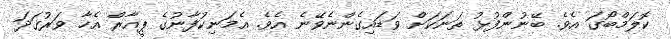
ކޮލަމްބޯގަ އެވެ. ބޭނުންފުޅު ތަނަކަށް ވަޑައިގެންނެވޭނެ އެވެ. އެމަނިކުފާނުގެ ޕީއާރް އެހާ ވަރުގަދަ